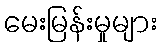
မေးမြန်းမှုများ